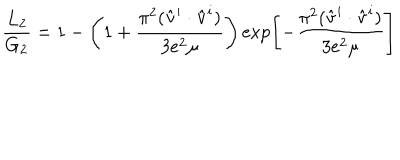
\frac { L _ { 2 } } { G _ { 2 } } = 1 - \left( 1 + \frac { \pi ^ { 2 } ( \hat { \bf v } ^ { i } \cdot \hat { \bf v } ^ { i } ) } { 3 e ^ { 2 } \mu } \right) \exp \left[ - \frac { \pi ^ { 2 } ( \hat { \bf v } ^ { i } \cdot \hat { \bf v } ^ { i } ) } { 3 e ^ { 2 } \mu } \right]